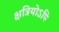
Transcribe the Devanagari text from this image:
क्षत्रियोऽपि